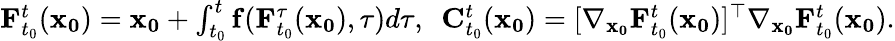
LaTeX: \begin{array}{r}{\mathbf{F}_{t_{0}}^{t}(\mathbf{x_{0}})=\mathbf{x_{0}}+\int_{t_{0}}^{t}\mathbf{f}(\mathbf{F}_{t_{0}}^{\tau}(\mathbf{x_{0}}),\tau)d\tau,\ \ \mathbf{C}_{t_{0}}^{t}(\mathbf{x_{0}})=[\nabla_{\mathbf{x_{0}}}\mathbf{F}_{t_{0}}^{t}(\mathbf{x_{0}})]^{\top}\nabla_{\mathbf{x_{0}}}\mathbf{F}_{t_{0}}^{t}(\mathbf{x_{0}}).}\end{array}